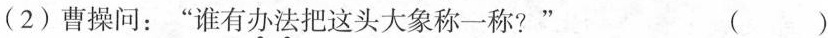
(2)曹操问：”谁有\underset{·}{办}\underset{·}{法}把这头大象称一称?” ( )